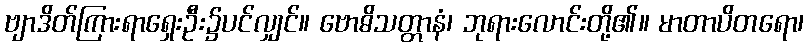
ဗျာဒိတ်ကြားရာရှေးဦး၌ပင်လျှင်။ ဗောဓိသတ္တာနံ၊ ဘုရားလောင်းတို့၏။ မာတာပိတရော၊